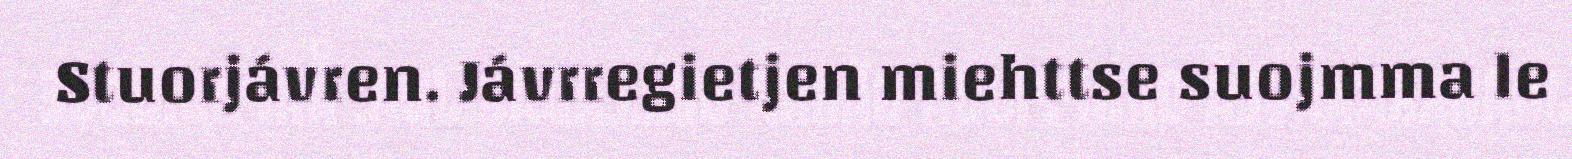
Stuorjávren. Jávrregietjen miehttse suojmma le